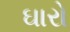
ઘારો